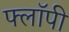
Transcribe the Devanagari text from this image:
फ्लाॅपी